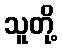
သူတို့